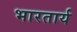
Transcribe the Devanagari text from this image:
भारतार्य